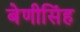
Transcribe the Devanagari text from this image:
बेणीसिंह